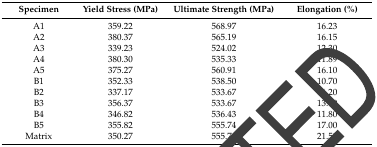
| Specimen | Yield Stress (MPa) | Ultimate Strength (MPa) | Elongation (%) |
 | --- | --- | --- | --- |
 | A1 | 359.22 | 568.97 | 16.23 |
 | A2 | 380.37 | 565.19 | 16.15 |
 | A3 | 339.23 | 524.02 | 12.30 |
 | A4 | 380.30 | 535.33 | 11.89 |
 | A5 | 375.27 | 560.91 | 16.10 |
 | B1 | 352.33 | 538.50 | 10.70 |
 | B2 | 337.17 | 533.67 | 16.20 |
 | B3 | 356.37 | 533.67 | 13.90 |
 | B4 | 346.82 | 536.43 | 11.80 |
 | B5 | 355.82 | 555.74 | 17.00 |
 | Matrix | 350.27 | 555.74 | 21.50 |